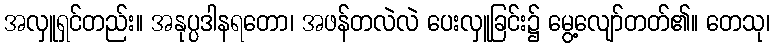
အလှူရှင်တည်း။ အနုပ္ပဒါနရတော၊ အဖန်တလဲလဲ ပေးလှူခြင်း၌ မွေ့လျော်တတ်၏။ တေသု၊